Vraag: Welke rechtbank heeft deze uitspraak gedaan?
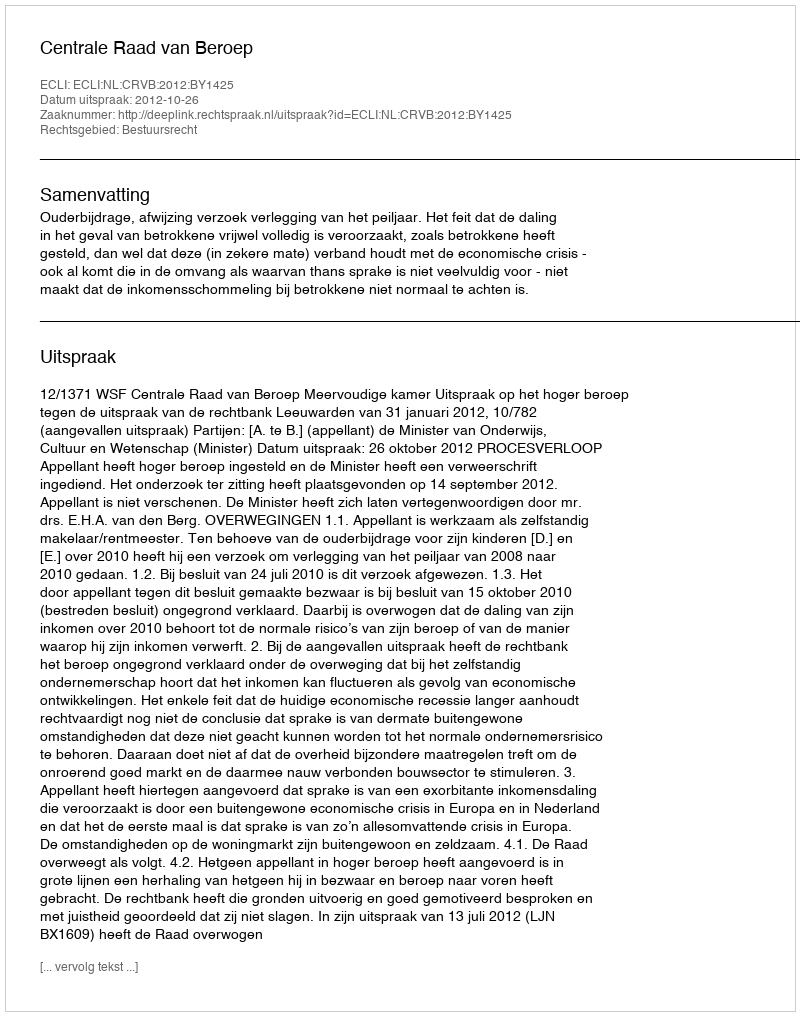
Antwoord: Centrale Raad van Beroep